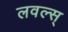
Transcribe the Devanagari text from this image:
लवल्स्